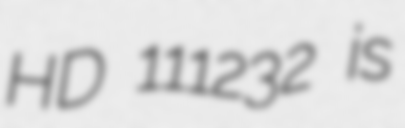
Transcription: HD 111232 is